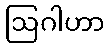
ဩဂါဟာ